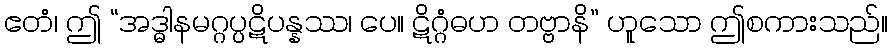
ဧတံ၊ ဤ “အဒ္ဓါနမဂ္ဂပ္ပဋိပန္နဿ၊ ပေ။ ဋိဂ္ဂံဓဟ တဗ္ဗာနိ” ဟူသော ဤစကားသည်။